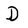
Character: D